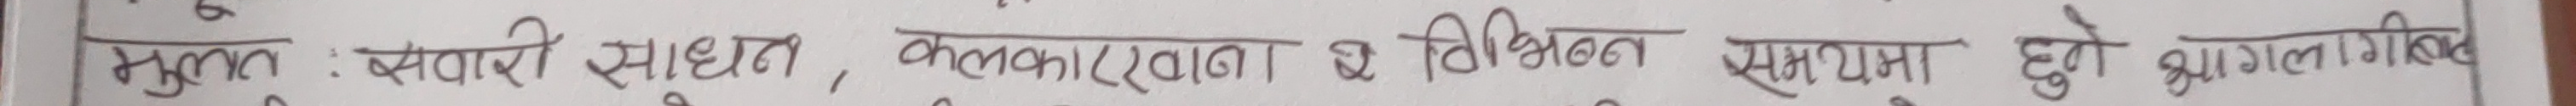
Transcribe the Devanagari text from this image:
मूल : सवारी साधन , कलकारखाना र विभिन्न समयमा हुने आगलागीबाट